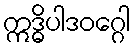
ဣဒ္ဓိပါဒဝဂ္ဂေါ